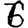
Digit: 6